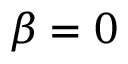
\beta = 0